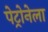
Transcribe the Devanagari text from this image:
पेट्रोनेला